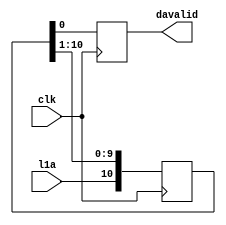
// This  Verilog HDL  source  file was  automatically generated
// by C++ model based on VPP library. Modification of this file
// is possible, but if you want to keep it in sync with the C++
// model,  please  modify  the model and re-generate this file.
// VPP library web-page: http://www.phys.ufl.edu/~madorsky/vpp/

// Timestamp : Fri Mar 22 16:34:02 2019

module davgen
(
    l1a,
    davalid,
    clk
);

    input l1a;
    output davalid;
    reg    davalid;
    input clk;

    reg [10:0] l1a_sh;
    always @(posedge clk) 
    begin
        davalid = l1a_sh[0];
        l1a_sh = {l1a, l1a_sh[10:1]};
    end
endmodule